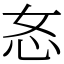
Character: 㣽